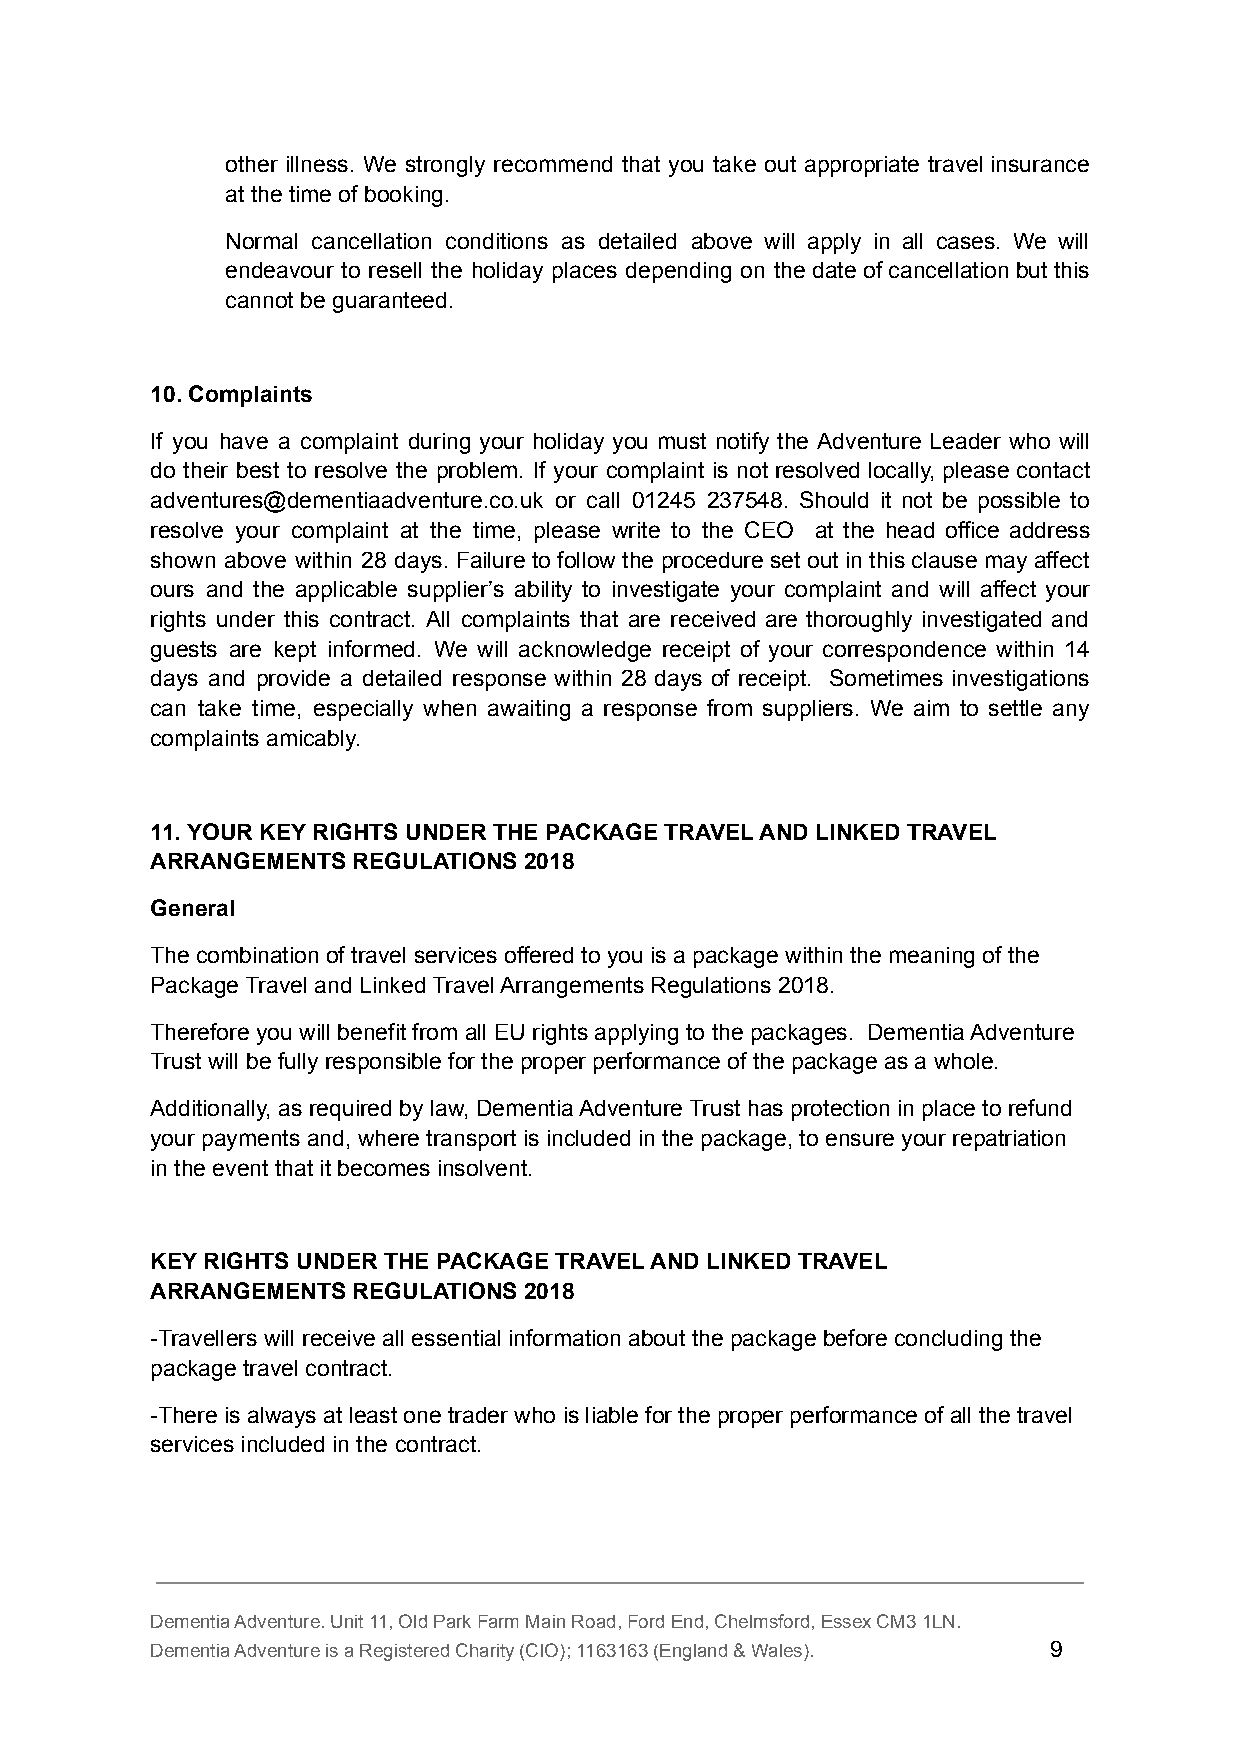
other illness. We strongly recommend that you take out appropriate travel insurance
 at the time of booking.
 Normal cancellation conditions as detailed above will apply in all cases. We will
 endeavour to resell the holiday places depending on the date of cancellation but this
 cannot be guaranteed.
 10. Complaints
 If you have a complaint during your holiday you must notify the Adventure Leader who will
 do their best to resolve the problem. If your complaint is not resolved locally, please contact
 adventures@dementiaadventure.co.uk or call 01245 237548. Should it not be possible to
 resolve your complaint at the time, please write to the CEO at the head office address
 shown above within 28 days. Failure to follow the procedure set out in this clause may affect
 ours and the applicable supplier’s ability to investigate your complaint and will affect your
 rights under this contract. All complaints that are received are thoroughly investigated and
 guests are kept informed. We will acknowledge receipt of your correspondence within 14
 days and provide a detailed response within 28 days of receipt. Sometimes investigations
 can take time, especially when awaiting a response from suppliers. We aim to settle any
 complaints amicably.
 11. YOUR KEY RIGHTS UNDER THE PACKAGE TRAVEL AND LINKED TRAVEL
 ARRANGEMENTS REGULATIONS 2018
 General
 The combination of travel services offered to you is a package within the meaning of the
 Package Travel and Linked Travel Arrangements Regulations 2018.
 Therefore you will benefit from all EU rights applying to the packages. Dementia Adventure
 Trust will be fully responsible for the proper performance of the package as a whole.
 Additionally, as required by law, Dementia Adventure Trust has protection in place to refund
 your payments and, where transport is included in the package, to ensure your repatriation
 in the event that it becomes insolvent.
 KEY RIGHTS UNDER THE PACKAGE TRAVEL AND LINKED TRAVEL
 ARRANGEMENTS REGULATIONS 2018
 -Travellers will receive all essential information about the package before concluding the
 package travel contract.
 -There is always at least one trader who is liable for the proper performance of all the travel
 services included in the contract.
 Dementia Adventure. Unit 11, Old Park Farm Main Road, Ford End, Chelmsford, Essex CM3 1LN.
 Dementia Adventure is a Registered Charity (CIO); 1163163 (England & Wales). 9